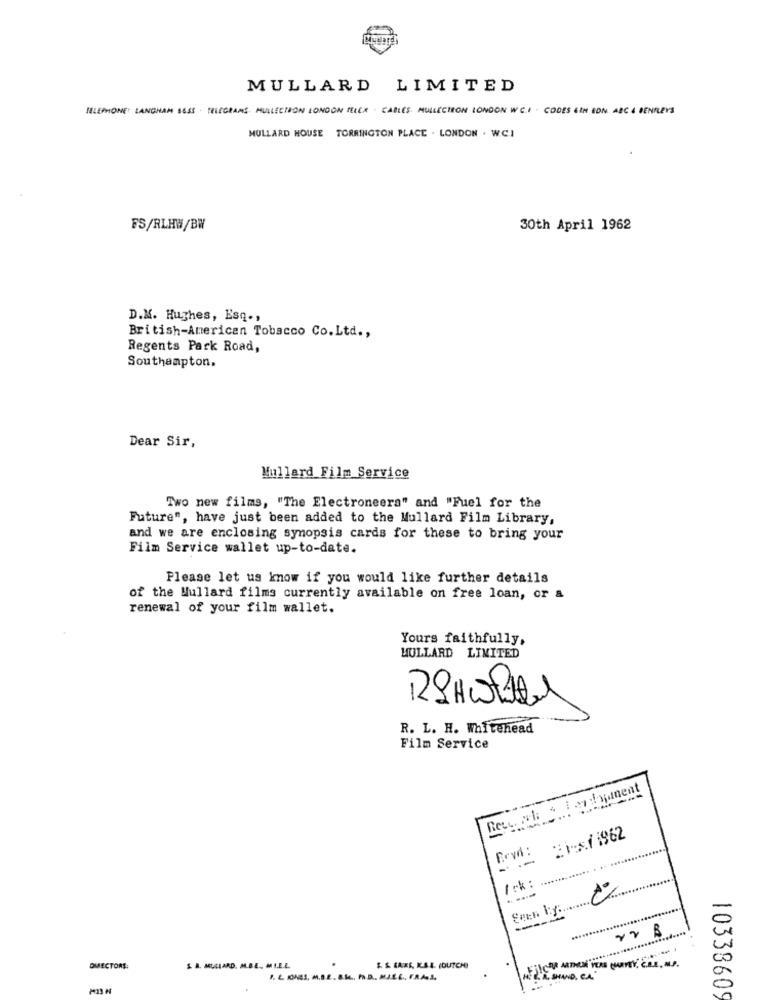
MULLARD
LIMITED
HLEPHONE: LANGHAM SESS . TELEGRAMS MULLECION LONDON TELEX . CABLES MULLECION LONDON WC.I . CODES COM BON ABC & BENTLEYS
MULLARD HOUSE TORRINGTON PLACE . LONDON . W.C.I
FS/RLHW/BW
30th April 1962
D.M. Hughes, Esq .,
British-American Tobacco Co.Ltd .,
Regents Park Road,
Southampton.
Dear Sir,
Mullard Film Service
Two new films, "The Electroneers" and "Fuel for the
Future", have just been added to the Mullard Film Library,
and we are enclosing synopsis cards for these to bring your
Film Service wallet up-to-date.
Please let us know if you would like further details
of the Mullard films currently available on free loan, or a
renewal of your film wallet.
Yours faithfully,
HOLLARD LIMITED
129HWPthe
R. L. H. Whitehead
Film Service
Rect. och a For comment
21 :: /1962
Fryd :
.... ......
DMECTORS:
S. A. MULLARD. M.BE ., MIL.E.
$ & LARS, K.S.I. (DUTCH)
I. L KAES, M.B.E. B.f ., Ph.D ., M.J.L.L ., FR.A.S.
LA SIND. CA
MI3 H
10338609